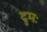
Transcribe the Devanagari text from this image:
द्रुमः